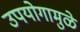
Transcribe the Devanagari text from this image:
उपयोगामुळे